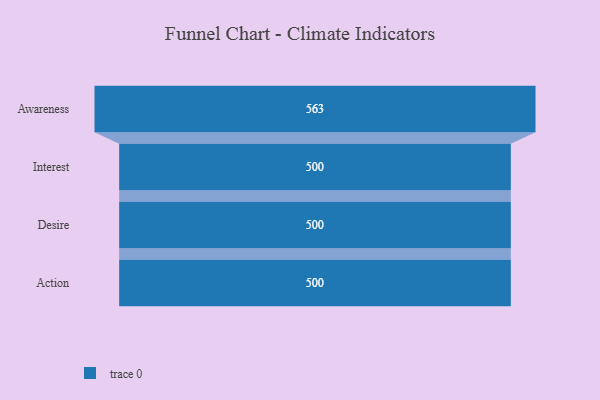
{"axis": {"x": "Stage", "y": "Value"}, "legend": [""], "data": [{"x": "Awareness", "y": 563.0, "type": ""}, {"x": "Interest", "y": 500, "type": ""}, {"x": "Desire", "y": 500, "type": ""}, {"x": "Action", "y": 500, "type": ""}]}